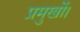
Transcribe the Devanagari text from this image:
प्रमुखों।